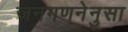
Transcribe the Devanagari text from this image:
जनगणनेनुसा